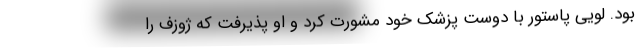
بود. لویی پاستور با دوست پزشک خود مشورت کرد و او پذیرفت که ژوزف را